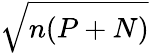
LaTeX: \sqrt{n(P+N)}